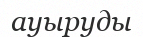
ауыруды